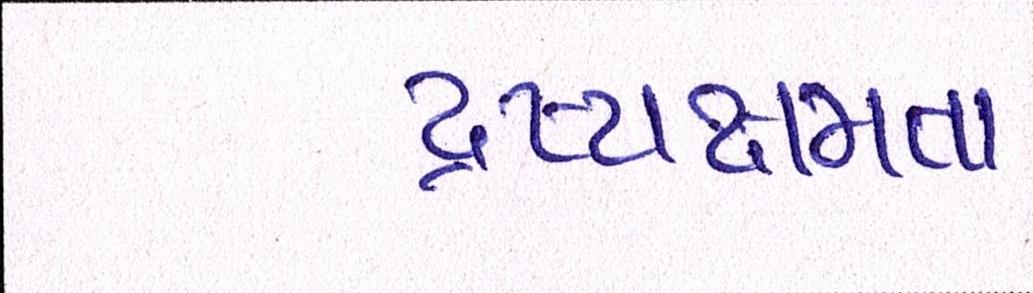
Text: દ્રષ્યક્ષમતા